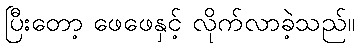
ပြီးတော့ ဖေဖေနှင့် လိုက်လာခဲ့သည်။